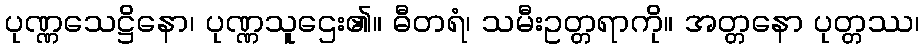
ပုဏ္ဏသေဋ္ဌိနော၊ ပုဏ္ဏသူဌေး၏။ ဓီတရံ၊ သမီးဥတ္တရာကို။ အတ္တနော ပုတ္တဿ၊